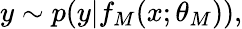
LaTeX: \begin{array}{r}{y\sim p(y|f_{M}(x;\theta_{M})),}\end{array}